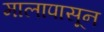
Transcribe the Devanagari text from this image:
मालापासून